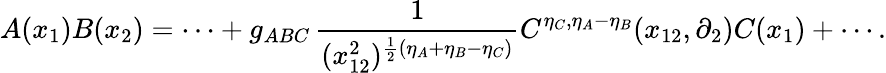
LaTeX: A(x_{1})B(x_{2})=\cdots+g_{ABC}\, \frac{1}{(x_{12}^{2})^{\frac{1}{2}(\eta_{A}+\eta_{B}-\eta_{C})}}C^{\eta_{C},\eta_{A}-\eta_{B}}(x_{12},\partial_{2})C(x_{1})+\cdots{}.